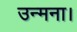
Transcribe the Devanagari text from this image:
उन्मना।